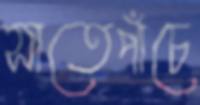
সাতেপাঁচে